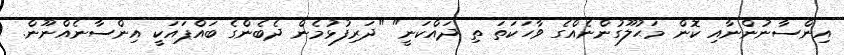
އިންސާނުންނާއި ކޮން މަޙުލޫގުންނެއްގެ ވާހަކަތަ ތި ދައްކަނީ" "ދަރިފުޅުމެން ދެބެންގެ ބައްޕައަކީ އިންސާނެއްނޫން.